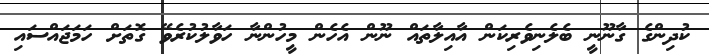
ކުދިންގެ ގާނޫނީ ބެލެނިވެރިކަން އާއިލާތައް ނޫން އެހެން މީހުންނާ ހަވާލުކުރެވޭ ގޮތަށް ހަމަޖައްސައި